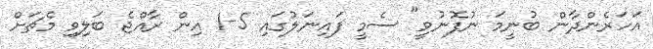
އަހަރެންދާން ބުނީމަ ނުފޮނުވީ" ސެމީ ފައިނަލުގައި 5-1 އިން ރާއްޖެ ބަލިވި މެޗަށް